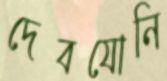
দেবযোনি